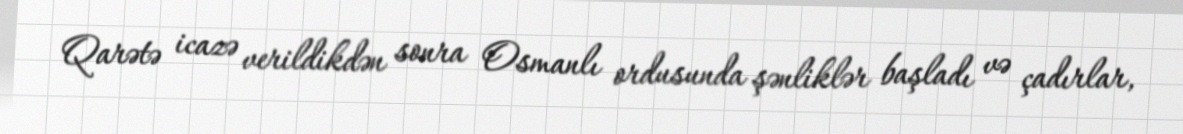
Qarətə icazə verildikdən sonra Osmanlı ordusunda şənliklər başladı və çadırlar,